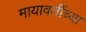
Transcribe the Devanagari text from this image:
मायावतींच्या